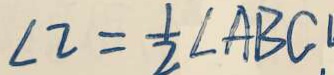
\angle 2 = \frac { 1 } { 2 } \angle A B C